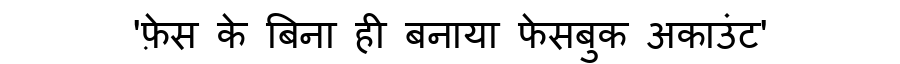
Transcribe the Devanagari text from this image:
'फ़ेस के बिना ही बनाया फेसबुक अकाउंट'